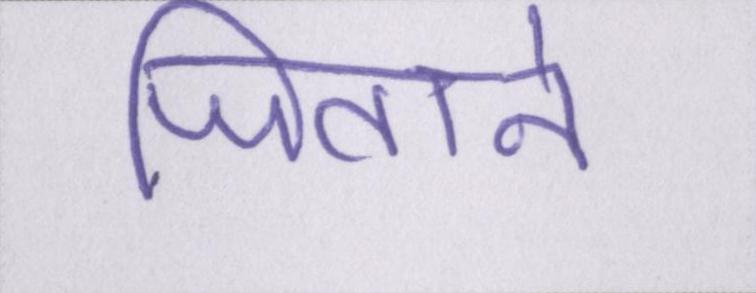
जिताने